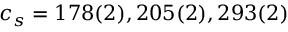
c _ { s } = 1 7 8 ( 2 ) , 2 0 5 ( 2 ) , 2 9 3 ( 2 )